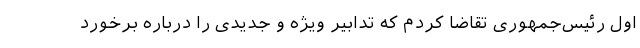
اول رئیس‌جمهوری تقاضا کردم که تدابیر ویژه و جدیدی را درباره برخورد